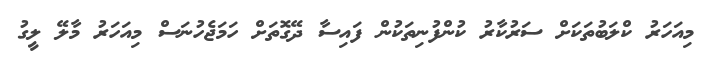
މިއަހަރު ކްލަބުތަކަށް ސަރުކާރު ކުންފުނިތަކުން ފައިސާ ދޭގޮތަށް ހަމަޖެހުނަސް މިއަހަރު މާލޭ ލީގު